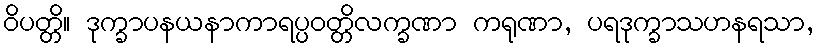
ဝိပတ္တိ။ ဒုက္ခာပနယနာကာရပ္ပဝတ္တိလက္ခဏာ ကရုဏာ, ပရဒုက္ခာသဟနရသာ,